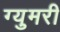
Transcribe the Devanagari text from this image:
ग्युमरी